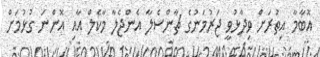
އޮބާމާ އިތުރަށް ވިދާޅުވީ ޖަރުމަނުގެ ޗާންސެލާ އެންޖެލާ މާކެލް އާއި އޮންނަ ގުޅުމަށް